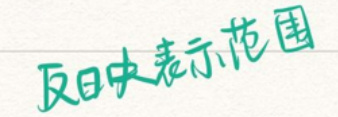
反应表示范围